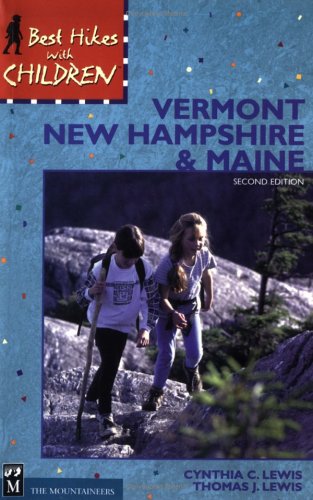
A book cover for Best Hikes with Children Vermont, New Hampshire and Maine; Cynthia Copeland Lewis; Travel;